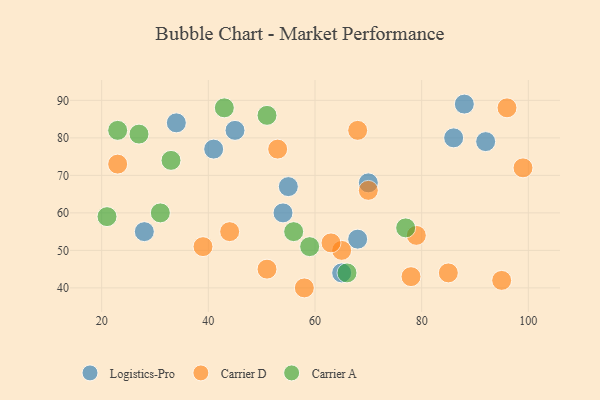
{"axis": {"x": "GDP", "y": "Life Expectancy"}, "legend": ["Carrier A", "Carrier D", "Logistics-Pro"], "data": [{"x": "55", "y": 67, "type": "Logistics-Pro"}, {"x": "86", "y": 80, "type": "Logistics-Pro"}, {"x": "92", "y": 79, "type": "Logistics-Pro"}, {"x": "65", "y": 44, "type": "Logistics-Pro"}, {"x": "54", "y": 60, "type": "Logistics-Pro"}, {"x": "88", "y": 89, "type": "Logistics-Pro"}, {"x": "28", "y": 55, "type": "Logistics-Pro"}, {"x": "70", "y": 68, "type": "Logistics-Pro"}, {"x": "34", "y": 84, "type": "Logistics-Pro"}, {"x": "41", "y": 77, "type": "Logistics-Pro"}, {"x": "68", "y": 53, "type": "Logistics-Pro"}, {"x": "45", "y": 82, "type": "Logistics-Pro"}, {"x": "53", "y": 77, "type": "Carrier D"}, {"x": "51", "y": 45, "type": "Carrier D"}, {"x": "68", "y": 82, "type": "Carrier D"}, {"x": "39", "y": 51, "type": "Carrier D"}, {"x": "96", "y": 88, "type": "Carrier D"}, {"x": "79", "y": 54, "type": "Carrier D"}, {"x": "78", "y": 43, "type": "Carrier D"}, {"x": "99", "y": 72, "type": "Carrier D"}, {"x": "95", "y": 42, "type": "Carrier D"}, {"x": "70", "y": 66, "type": "Carrier D"}, {"x": "65", "y": 50, "type": "Carrier D"}, {"x": "23", "y": 73, "type": "Carrier D"}, {"x": "44", "y": 55, "type": "Carrier D"}, {"x": "58", "y": 40, "type": "Carrier D"}, {"x": "63", "y": 52, "type": "Carrier D"}, {"x": "85", "y": 44, "type": "Carrier D"}, {"x": "27", "y": 81, "type": "Carrier A"}, {"x": "33", "y": 74, "type": "Carrier A"}, {"x": "21", "y": 59, "type": "Carrier A"}, {"x": "43", "y": 88, "type": "Carrier A"}, {"x": "23", "y": 82, "type": "Carrier A"}, {"x": "77", "y": 56, "type": "Carrier A"}, {"x": "59", "y": 51, "type": "Carrier A"}, {"x": "31", "y": 60, "type": "Carrier A"}, {"x": "51", "y": 86, "type": "Carrier A"}, {"x": "56", "y": 55, "type": "Carrier A"}, {"x": "66", "y": 44, "type": "Carrier A"}]}